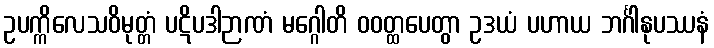
ဥပက္ကိလေသဝိမုတ္တံ ပဋိပဒါဉာဏံ မဂ္ဂေါတိ ဝဝတ္ထပေတွာ ဥဒယံ ပဟာယ ဘင်္ဂါနုပဿနံ